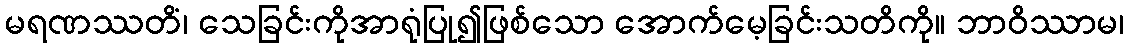
မရဏဿတိံ၊ သေခြင်းကိုအာရုံပြု၍ဖြစ်သော အောက်မေ့ခြင်းသတိကို။ ဘာဝိဿာမ၊